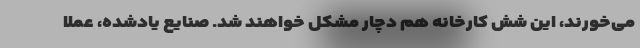
می‌خورند، این شش کارخانه هم دچار مشکل خواهند شد. صنایع یادشده، عملا